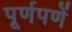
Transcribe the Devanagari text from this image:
पूर्णपणें